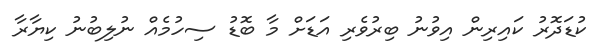
ކުޑަދޮރު ކައިރިން އިވުނު ބިރުވެރި އަޑަށް މާ ބޮޑު ސިހުމެއް ނުލިބުނު ކިޔާރާ